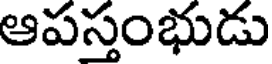
ఆపస్తంభుడు